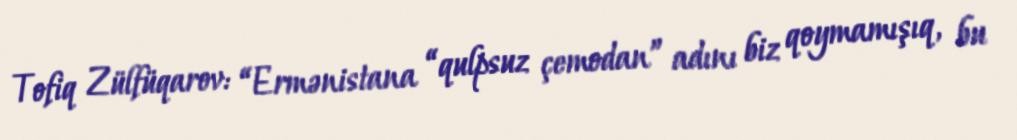
Tofiq Zülfüqarov: “Ermənistana “qulpsuz çemodan” adını biz qoymamışıq, bu